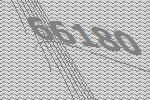
66180